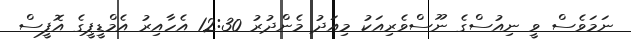
ނަމަވެސް ވީ ނިއުސްގެ ނޫސްވެރިއަކު މިއަދު މެންދުރު 12:30 އެހާއިރު އެމްޑީޕީގެ އޮފީސް